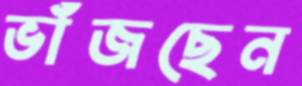
ভাঁজছেন